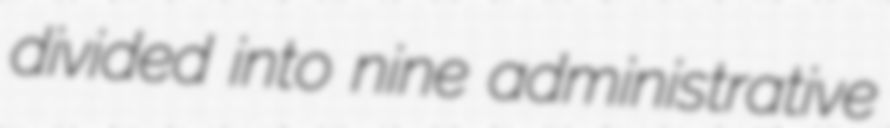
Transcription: divided into nine administrative